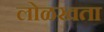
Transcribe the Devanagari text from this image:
लोळखता